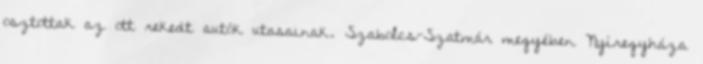
osztottak az ott rekedt autók utasainak. Szabolcs-Szatmár megyében Nyíregyháza